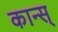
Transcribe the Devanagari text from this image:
कान्स्